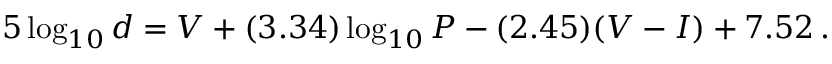
5 \log _ { 1 0 } { d } = V + ( 3 . 3 4 ) \log _ { 1 0 } { P } - ( 2 . 4 5 ) ( V - I ) + 7 . 5 2 \, .